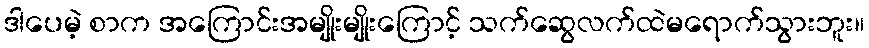
ဒါပေမဲ့ စာက အကြောင်းအမျိုးမျိုးကြောင့် သက်ဆွေလက်ထဲမရောက်သွားဘူး။